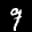
Label: 9